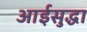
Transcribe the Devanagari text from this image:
आईसुद्धा